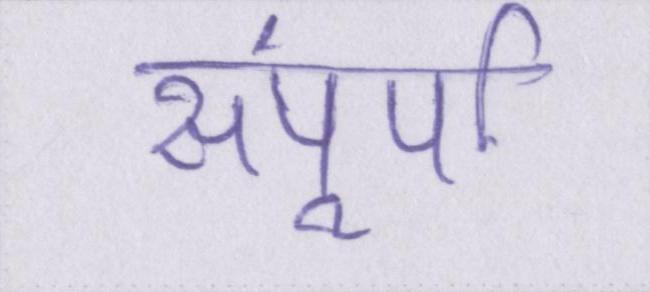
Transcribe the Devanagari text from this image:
संपूर्ण